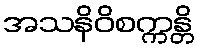
အသနိဝိစက္ကန္တိ